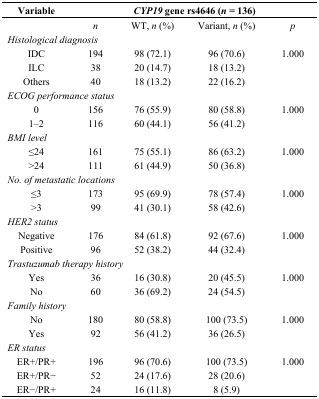
<table><thead><tr><td><b>Variable</b></td><td></td><td colspan="2"><b><i>CYP19</i> gene rs4646 (<i>n</i> = 136)</b></td><td></td></tr><tr><td></td><td><b><i>n</i></b></td><td><b>WT, <i>n</i> (%)</b></td><td><b>Variant, <i>n</i> (%)</b></td><td><b><i>p</i></b></td></tr></thead><tbody><tr><td colspan="5"><i>Histological diagnosis</i></td></tr><tr><td>IDC</td><td>194</td><td>98 (72.1)</td><td>96 (70.6)</td><td>1.000</td></tr><tr><td>ILC</td><td>38</td><td>20 (14.7)</td><td>18 (13.2)</td><td></td></tr><tr><td>Others</td><td>40</td><td>18 (13.2)</td><td>22 (16.2)</td><td></td></tr><tr><td colspan="5"><i>ECOG performance status</i></td></tr><tr><td>0</td><td>156</td><td>76 (55.9)</td><td>80 (58.8)</td><td>1.000</td></tr><tr><td>1–2</td><td>116</td><td>60 (44.1)</td><td>56 (41.2)</td><td></td></tr><tr><td colspan="5"><i>BMI level</i></td></tr><tr><td>≤24</td><td>161</td><td>75 (55.1)</td><td>86 (63.2)</td><td>1.000</td></tr><tr><td>&gt;24</td><td>111</td><td>61 (44.9)</td><td>50 (36.8)</td><td></td></tr><tr><td colspan="5"><i>No. of metastatic locations</i></td></tr><tr><td>≤3</td><td>173</td><td>95 (69.9)</td><td>78 (57.4)</td><td>1.000</td></tr><tr><td>&gt;3</td><td>99</td><td>41 (30.1)</td><td>58 (42.6)</td><td></td></tr><tr><td colspan="5"><i>HER2 status</i></td></tr><tr><td>Negative</td><td>176</td><td>84 (61.8)</td><td>92 (67.6)</td><td>1.000</td></tr><tr><td>Positive</td><td>96</td><td>52 (38.2)</td><td>44 (32.4)</td><td></td></tr><tr><td colspan="5"><i>Trastuzumab therapy history</i></td></tr><tr><td>Yes</td><td>36</td><td>16 (30.8)</td><td>20 (45.5)</td><td>1.000</td></tr><tr><td>No</td><td>60</td><td>36 (69.2)</td><td>24 (54.5)</td><td></td></tr><tr><td colspan="5"><i>Family history</i></td></tr><tr><td>No</td><td>180</td><td>80 (58.8)</td><td>100 (73.5)</td><td>1.000</td></tr><tr><td>Yes</td><td>92</td><td>56 (41.2)</td><td>36 (26.5)</td><td></td></tr><tr><td colspan="5"><i>ER status</i></td></tr><tr><td>ER+/PR+</td><td>196</td><td>96 (70.6)</td><td>100 (73.5)</td><td>1.000</td></tr><tr><td>ER+/PR−</td><td>52</td><td>24 (17.6)</td><td>28 (20.6)</td><td></td></tr><tr><td>ER−/PR+</td><td>24</td><td>16 (11.8)</td><td>8 (5.9)</td><td></td></tr></tbody></table>